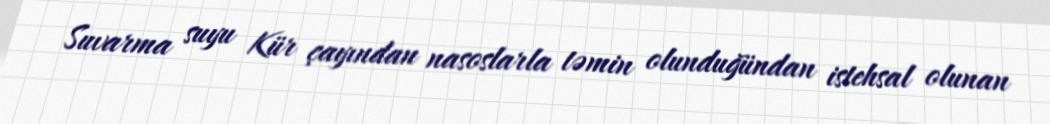
Suvarma suyu Kür çayından nasoslarla təmin olunduğündan istehsal olunan